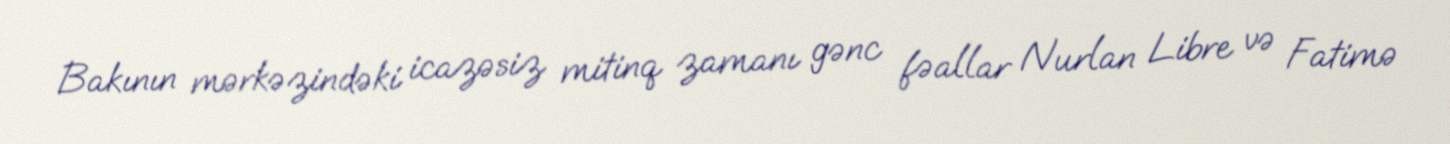
Bakının mərkəzindəki icazəsiz mitinq zamanı gənc fəallar Nurlan Libre və Fatimə